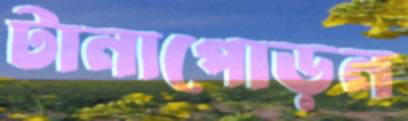
টানাপোড়ন